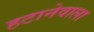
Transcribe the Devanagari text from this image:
हटानेवाला